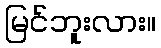
မြင်ဘူးလား။